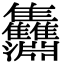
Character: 𩁵